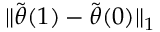
\lVert \tilde { { \boldsymbol { \theta } } } ( 1 ) - \tilde { { \boldsymbol { \theta } } } ( 0 ) \rVert _ { 1 }